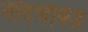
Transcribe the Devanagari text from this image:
नोंदणीकेंद्र